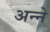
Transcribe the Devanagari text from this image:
अन्‍ने